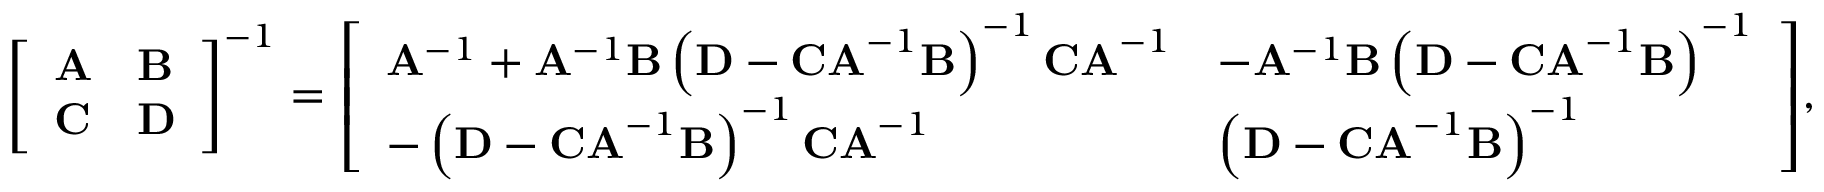
{ \left[ \begin{array} { l l } { \mathbf { A } } & { \mathbf { B } } \\ { \mathbf { C } } & { \mathbf { D } } \end{array} \right] } ^ { - 1 } = { \left[ \begin{array} { l l } { \mathbf { A } ^ { - 1 } + \mathbf { A } ^ { - 1 } \mathbf { B } \left( \mathbf { D } - \mathbf { C A } ^ { - 1 } \mathbf { B } \right) ^ { - 1 } \mathbf { C A } ^ { - 1 } } & { - \mathbf { A } ^ { - 1 } \mathbf { B } \left( \mathbf { D } - \mathbf { C A } ^ { - 1 } \mathbf { B } \right) ^ { - 1 } } \\ { - \left( \mathbf { D } - \mathbf { C A } ^ { - 1 } \mathbf { B } \right) ^ { - 1 } \mathbf { C A } ^ { - 1 } } & { \left( \mathbf { D } - \mathbf { C A } ^ { - 1 } \mathbf { B } \right) ^ { - 1 } } \end{array} \right] } ,